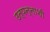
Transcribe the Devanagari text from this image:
उत्पन्नाशी